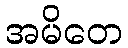
အမိတေ